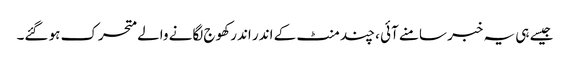
جیسے ہی یہ خبر سامنے آئی ، چند منٹ کے اندر اندر کھوج لگانے والے متحرک ہو گئے۔